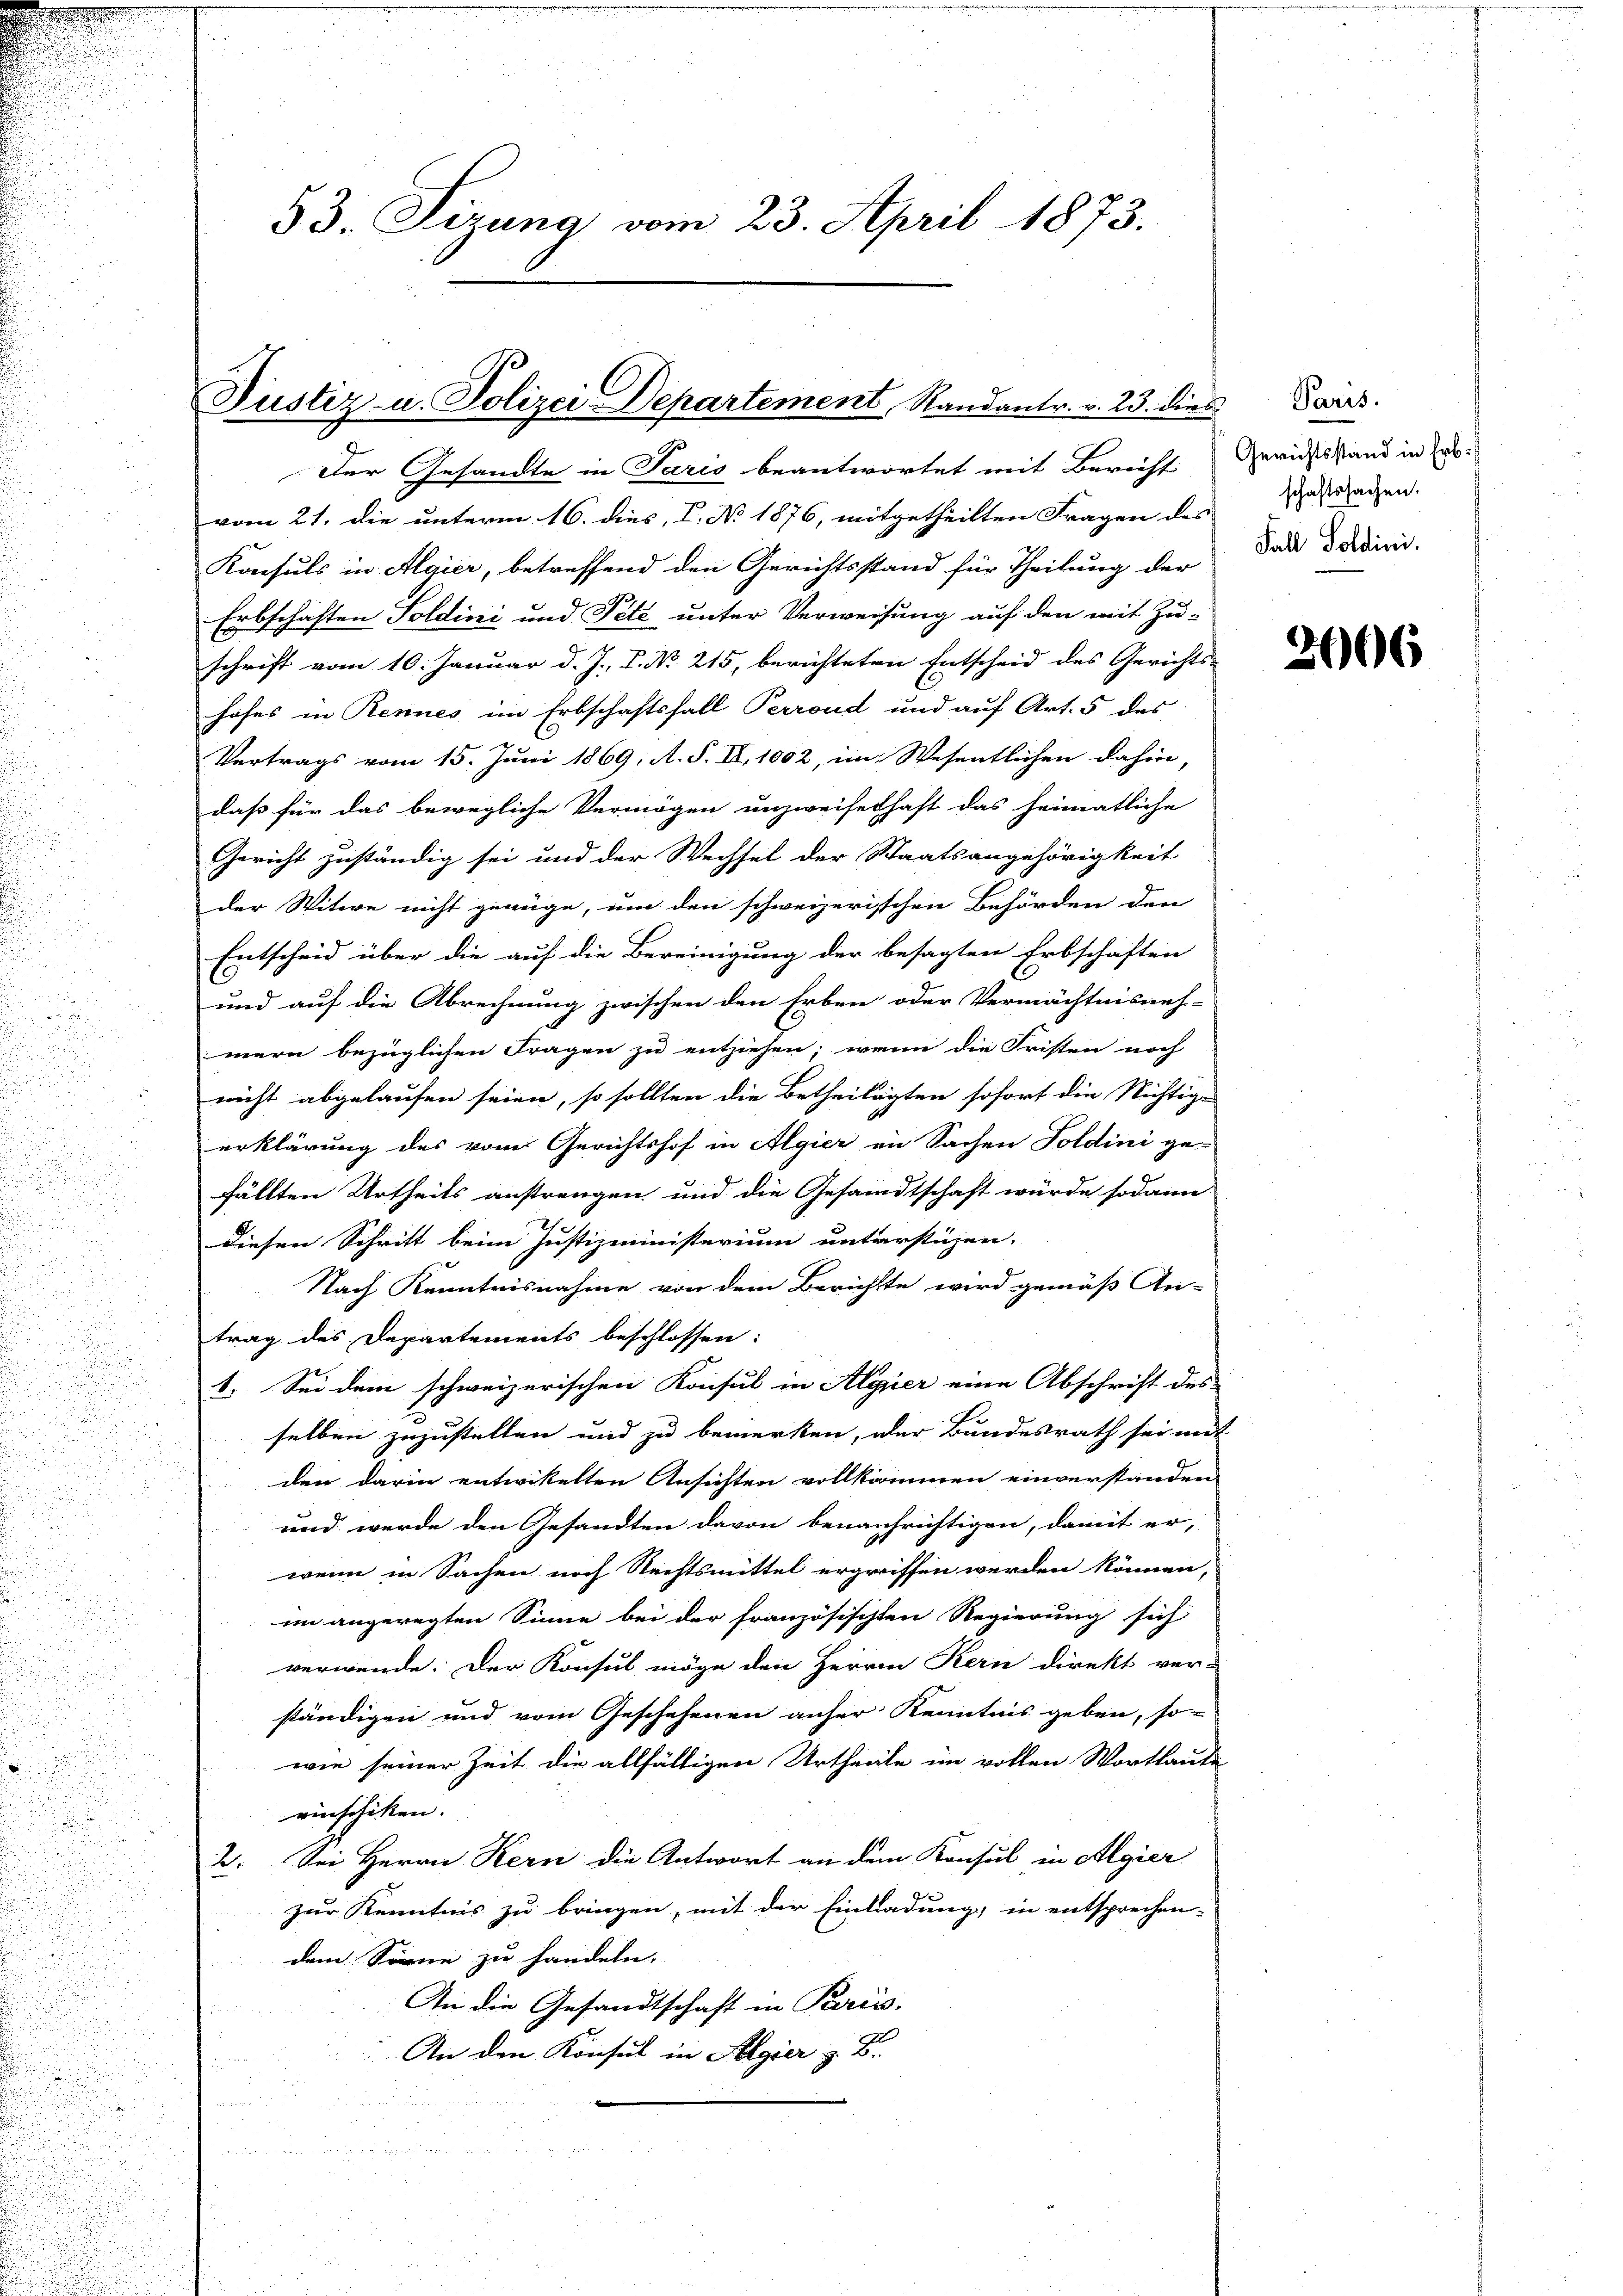
53. Sizung vom 23. April 1873.

Justiz- u. Polizei Departement, Randantr. v. 23. dies Dars

Der Gesandte in Paris beantwortet mit Bericht
vom 21. die unterm 16. dies, V. No 1876, mitgetheilten Fragen des
Konsuls in Algier, betreffend den Gerichtsstand für Theilung der
Erbschaften Soldini und Pété unter Verweisung auf den mit Zu-
schrift vom 10. Januar d. J. J. No. 215, berichteten Entscheid des Gerichts-
hofes in Rennes im Erbschaftsfall Perroud und auf Art. 5 des
Vertrags vom 15. Juni 1869, A. S. II, 1002, im Wesentlichen dahin,
daß für das bewegliche Vermögen unzweifelhaft das heimatliche
Gericht zuständig sei und der Wechsel der Staatsangehörigkeit
der Witwe nicht genüge, um den schweizerischen Behörden den
Entscheid über die auf die Bereinigung der besagten Erbschaften
und auf die Abrechnung zwischen den Erben oder Vermächtnisneh-
mern bezüglichen Fragen zu entziehen; wenn die Fristen noch
nicht abgelaufen seien, so sollten die Betheiligten sofort die Nichtige
erklärung des vom Gerichtshof in Algier in Sachen Foldini ge-
fällten Urtheils anstrengen und die Gesandtschaft würde sodann
diesen Schritt beim Justizministerium unterstüzen.
Nach Kenntnisnahme von dem Berichtte wird gemäß An-
trag des Departements beschlossen:
1. Sei dem schweizerischen Konsul in Algier eine Abschrift des
selben zuzustellen und zu bemerken, der Bundesrath sei mit
den darin entwickelten Ansichten vollkommen einverstanden
und werde den Gesandten davon benachrichtigen, damit er,
wenn in Sachen noch Rechtsmittel ergriffen werden können,
im angeregten Sinne bei der französischten Regierung sich
verwende. Der Konsul möge den Herrn Kern direkt ver-
ständigen und vom Geschehenen anser Kenntnis geben, so-
wie seiner Zeit die allfältigen Urtheile im vollen Wortlaude
einschicken. |
2. Sei Herrn Kern die Antwort an dem Konsul in Algier
zur Kenntnis zu bringen, mit der Einladung, in entsprechen-
dem Sonne zu handeln.
An die Gesandtschaft in Paris.
An den Konsul in Algier z. B.
a

Gerichtsstand in Erbschaftssachen.
Fall Soldini.

2066